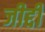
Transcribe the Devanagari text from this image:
जीद्दी